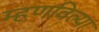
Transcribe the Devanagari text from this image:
म्हणविल्या